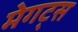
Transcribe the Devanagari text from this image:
मेगट्स